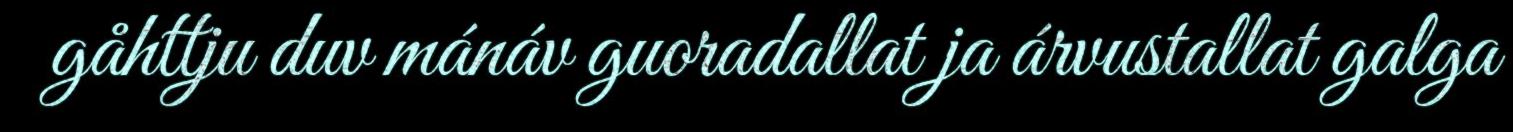
gåhttju duv mánáv guoradallat ja árvustallat galga